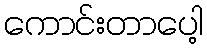
ကောင်းတာပေါ့